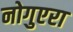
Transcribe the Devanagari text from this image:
नोगुएरा